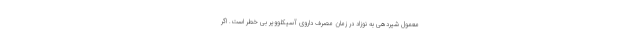
معمول شیردهی به نوزاد در زمان مصرف داروی آسیکلوویر بی خطر است. اگر